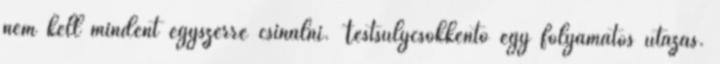
nem kell mindent egyszerre csinálni. Testsúlycsökkentő egy folyamatos utazás.